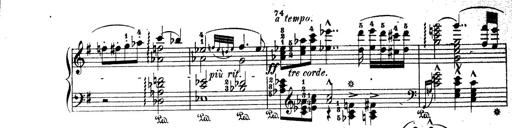
Title: Wagner-Liszt Album
Composer: Franz Liszt